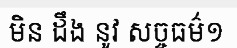
មិន ដឹង នូវ សច្ចធម៌១